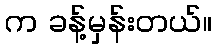
က ခန့်မှန်းတယ်။